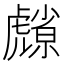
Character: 𮓮